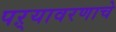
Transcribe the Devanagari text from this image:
पऱ्यावरणाचे